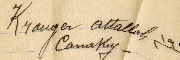
Krougar Attallah